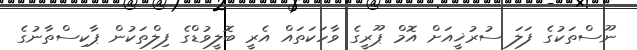
ނޫސްތަކުގެ ފަލަ ސުރުޚީއަށް އޮމް ޕޫރީގެ ވާހަކަތައް އެރީ ބޮލީވުޑްގެ ފިލްތަކުން ޕާކިސްތާނުގެ